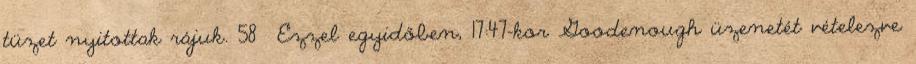
tüzet nyitottak rájuk. 58 Ezzel egyidőben, 17:47-kor Goodenough üzenetét vételezve